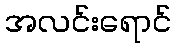
အလင်းရောင်